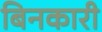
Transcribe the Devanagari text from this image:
बिनकारी